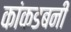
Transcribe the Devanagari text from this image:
कांकडबनी